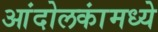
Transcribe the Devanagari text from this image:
आंदोलकांमध्ये